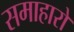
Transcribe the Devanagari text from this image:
समाहारों